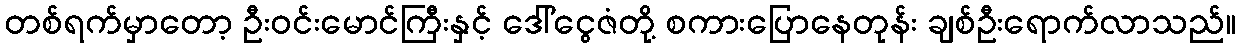
တစ်ရက်မှာတော့ ဦးဝင်းမောင်ကြီးနှင့် ဒေါ်ငွေဇံတို့ စကားပြောနေတုန်း ချစ်ဦးရောက်လာသည်။